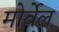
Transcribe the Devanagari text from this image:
मोर्वेल